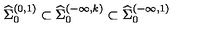
{ \widehat \Sigma } _ { 0 } ^ { ( 0 , 1 ) } \subset { \widehat \Sigma } _ { 0 } ^ { ( - \infty , k ) } \subset { \widehat \Sigma } _ { 0 } ^ { ( - \infty , 1 ) }